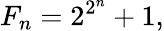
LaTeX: F_{n}=2^{2^{n}}+1,